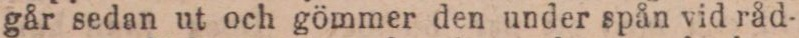
går sedan ut och gömmer den under spån vid råd-